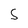
Character: 5